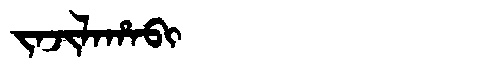
Manchu: ᠵᠠᠵᡳᠯᠠᡥᠠᠪᡳ
Romanization: JAJILAHABI